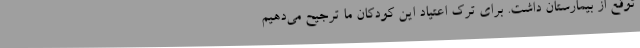
توقع از بیمارستان داشت. برای ترک اعتیاد این کودکان ما ترجیح می‌دهیم